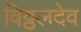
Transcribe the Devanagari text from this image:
विठ्ठलदेव